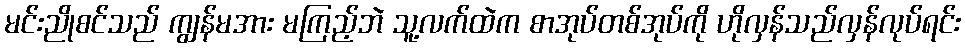
မင်းညိုစင်သည် ကျွန်မအား မကြည့်ဘဲ သူ့လက်ထဲက စာအုပ်တစ်အုပ်ကို ဟိုလှန်သည်လှန်လုပ်ရင်း